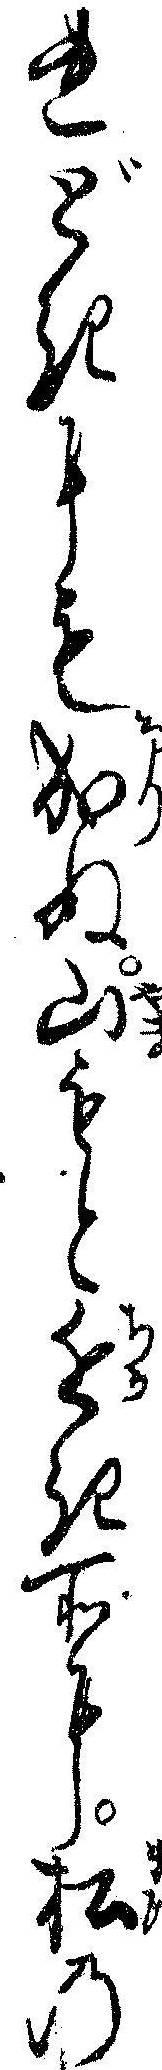
れどきにも成ぬ山もと近き所に松の